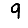
Digit: 9